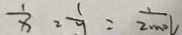
\frac { 1 } { x } = \frac { 1 } { y } = \frac { 1 } { 2 m o l }